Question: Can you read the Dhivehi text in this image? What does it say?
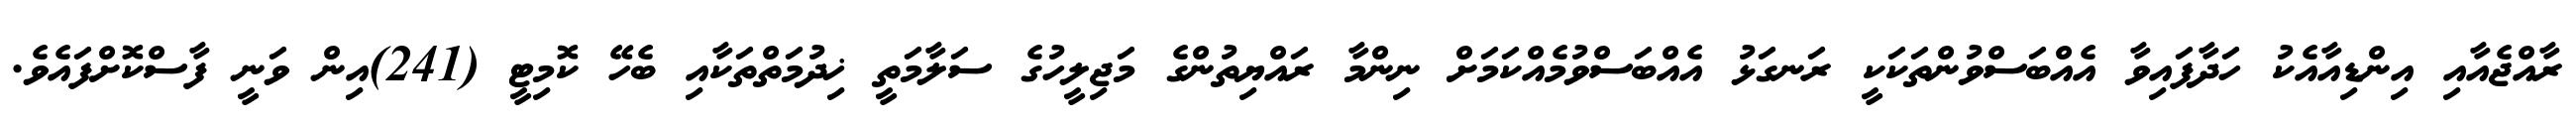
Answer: ރާއްޖެއާއި އިންޑިއާއެކު ހަދާފައިވާ އެއްބަސްވުންތަކަކީ ރަނގަޅު އެއްބަސްވުމެއްކަމަށް ނިންމާ ރައްޔިތުންގެ މަޖިލީހުގެ ސަލާމަތީ ޚިދުމަތްތަކާއި ބެހޭ ކޮމިޓީ (241)އިން ވަނީ ފާސްކޮށްފައެވެ.